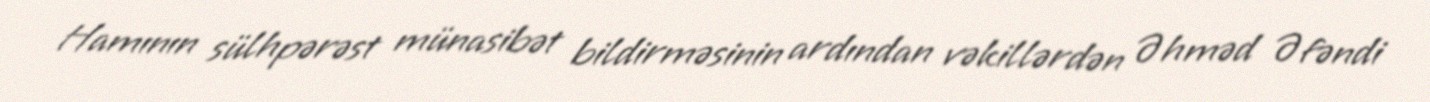
Hamının sülhpərəst münasibət bildirməsinin ardından vəkillərdən Əhməd Əfəndi